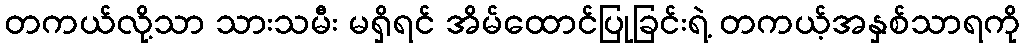
တကယ်လို့သာ သားသမီး မရှိရင် အိမ်ထောင်ပြုခြင်းရဲ့ တကယ့်အနှစ်သာရကို